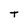
Character: t